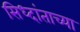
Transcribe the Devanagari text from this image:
सिध्दांताच्या